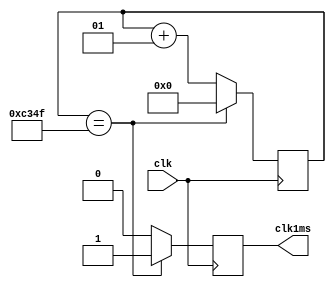
module clock_1ms( clk, clk1ms );
// assumption: clock frequency is 50 MHz

  input clk;
  output reg clk1ms = 0;  

  integer count = 0;
 
  always @(posedge clk)

    if (count == 49999)
      begin
        count <= 0;
        clk1ms <= 1;
      end
    else
      begin
        count <= count+1;
        clk1ms <= 0;
      end

endmodule